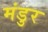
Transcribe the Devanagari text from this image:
मंडुर